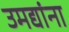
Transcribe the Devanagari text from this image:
उमद्यांना